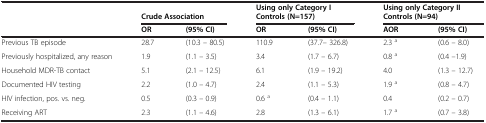
<table><thead><tr><td><b> </b></td><td colspan="2"><b> </b></td><td colspan="2"><b>Using only Category I</b></td><td colspan="2"><b>Using only Category II</b></td></tr><tr><td><b> </b></td><td colspan="2"><b>Crude Association</b></td><td colspan="2"><b>Controls (N=157)</b></td><td colspan="2"><b>Controls (N=94)</b></td></tr></thead><tbody><tr><td> </td><td><b>OR</b></td><td><b>(95% CI)</b></td><td><b>OR</b></td><td><b>(95% CI)</b></td><td><b>AOR</b></td><td><b>(95% CI)</b></td></tr><tr><td>Previous TB episode</td><td>28.7</td><td>(10.3 – 80.5)</td><td>110.9</td><td>(37.7– 326.8)</td><td>2.3 <sup>a</sup></td><td>(0.6 – 8.0)</td></tr><tr><td>Previously hospitalized, any reason</td><td>1.9</td><td>(1.1 – 3.5)</td><td>3.4</td><td>(1.7 – 6.7)</td><td>0.8 <sup>a</sup></td><td>(0.4 –1.9)</td></tr><tr><td>Household MDR-TB contact</td><td>5.1</td><td>(2.1 – 12.5)</td><td>6.1</td><td>(1.9 – 19.2)</td><td>4.0</td><td>(1.3 – 12.7)</td></tr><tr><td>Documented HIV testing</td><td>2.2</td><td>(1.0 – 4.7)</td><td>2.4</td><td>(1.1 – 5.3)</td><td>1.9 <sup>a</sup></td><td>(0.8 – 4.7)</td></tr><tr><td>HIV infection, pos. vs. neg.</td><td>0.5</td><td>(0.3 – 0.9)</td><td>0.6 <sup>a</sup></td><td>(0.4 – 1.1)</td><td>0.4</td><td>(0.2 – 0.7)</td></tr><tr><td>Receiving ART</td><td>2.3</td><td>(1.1 – 4.6)</td><td>2.8</td><td>(1.3 – 6.1)</td><td>1.7 <sup>a</sup></td><td>(0.7 – 3.8)</td></tr></tbody></table>